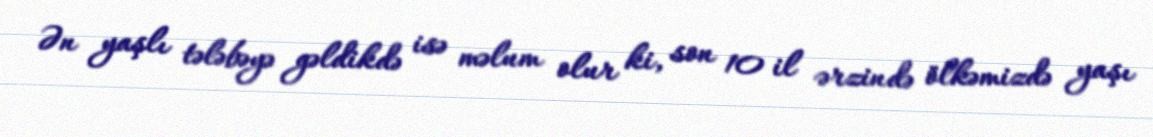
Ən yaşlı tələbəyə gəldikdə isə məlum olur ki, son 10 il ərzində ölkəmizdə yaşı